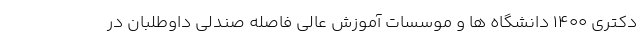
دکتری ۱۴۰۰ دانشگاه ها و موسسات آموزش عالی فاصله صندلی داوطلبان در